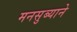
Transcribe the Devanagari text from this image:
मनसुब्याने